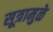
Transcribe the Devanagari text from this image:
सूत्रामुळे